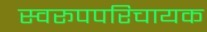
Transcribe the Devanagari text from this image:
स्वरूपपरिचायक